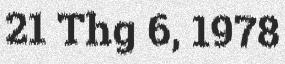
21 Thg 6, 1978